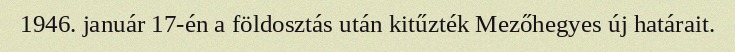
1946. január 17-én a földosztás után kitűzték Mezőhegyes új határait.